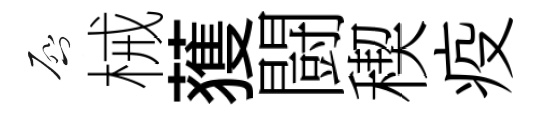
啓械𫉬闘稧疫